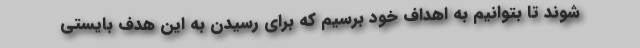
شوند تا بتوانیم به اهداف خود برسیم که برای رسیدن به این هدف بایستی